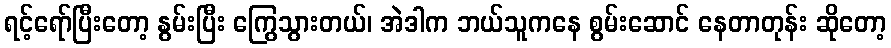
ရင့်ရော်ပြီးတော့ နွမ်းပြီး ကြွေသွားတယ်၊ အဲဒါက ဘယ်သူကနေ စွမ်းဆောင် နေတာတုန်း ဆိုတော့